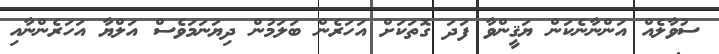
ސުވާލެއް އަންނާނެކަން ޔަޤީންވާ ފަދަ ގޮތަކަށް އަހަރެން ބަލަމުން ދިޔަނަމަވެސް އަލްޔާ އަހަރެންނާއި